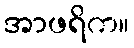
အာဖရိက။